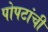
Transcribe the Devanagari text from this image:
पोपटांची